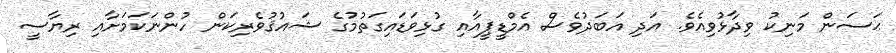
ޙަސަން މަނިކު ވިދާޅުވިއެވެ. އަދި އަބަދުވެސް އެމްޑީޕީއާއި ގުޅިވަޑައިގަތުމުގެ ޝައުޤުވެރިކަން ހުންނަކަމަށާއި ރިޔާސީ